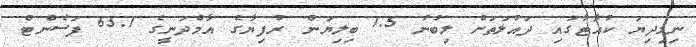
ނިމިދިޔަ ކުއާޓާގައި ދައުލަތަށް ލިބުނު 1.5 ބިލިޔަން ރުފިޔާގެ އާމްދަނީގެ 65.1 ޕަސެންޓް